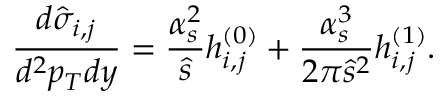
\frac { d \hat { \sigma } _ { i , j } } { d ^ { 2 } p _ { T } d y } = \frac { \alpha _ { s } ^ { 2 } } { \hat { s } } h _ { i , j } ^ { ( 0 ) } + \frac { \alpha _ { s } ^ { 3 } } { 2 \pi \hat { s } ^ { 2 } } h _ { i , j } ^ { ( 1 ) } .